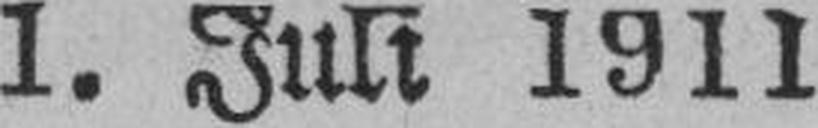
1. Juli 1911